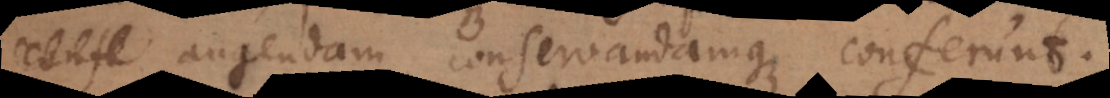
augendam conservandamque conferunt.